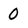
Character: 0